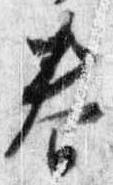
春